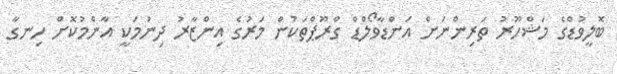
ބޮލީވުޑްގެ މަޝްހޫރު ތަރިންނަށް އަންޑާވޯލްޑް ގްރޫޕްތަކުން މަރުގެ އިންޒާރު ދިނުމަކީ އާންމުކޮށް ހިނގާ